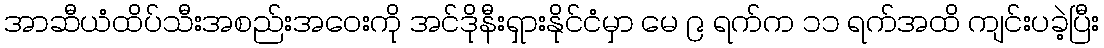
အာဆီယံထိပ်သီးအစည်းအဝေးကို အင်ဒိုနီးရှားနိုင်ငံမှာ မေ ၉ ရက်က ၁၁ ရက်အထိ ကျင်းပခဲ့ပြီး